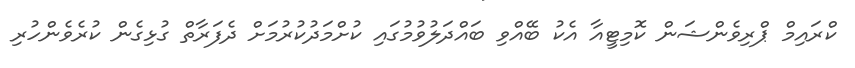
ކްރައިމް ޕްރިވެންޝަން ކޮމިޓީއާ އެކު ބޭއްވި ބައްދަލުވުމުގައި ކުށްމަދުކުރުމަށް ދެފަރާތް ގުޅިގެން ކުރެވެންހުރި